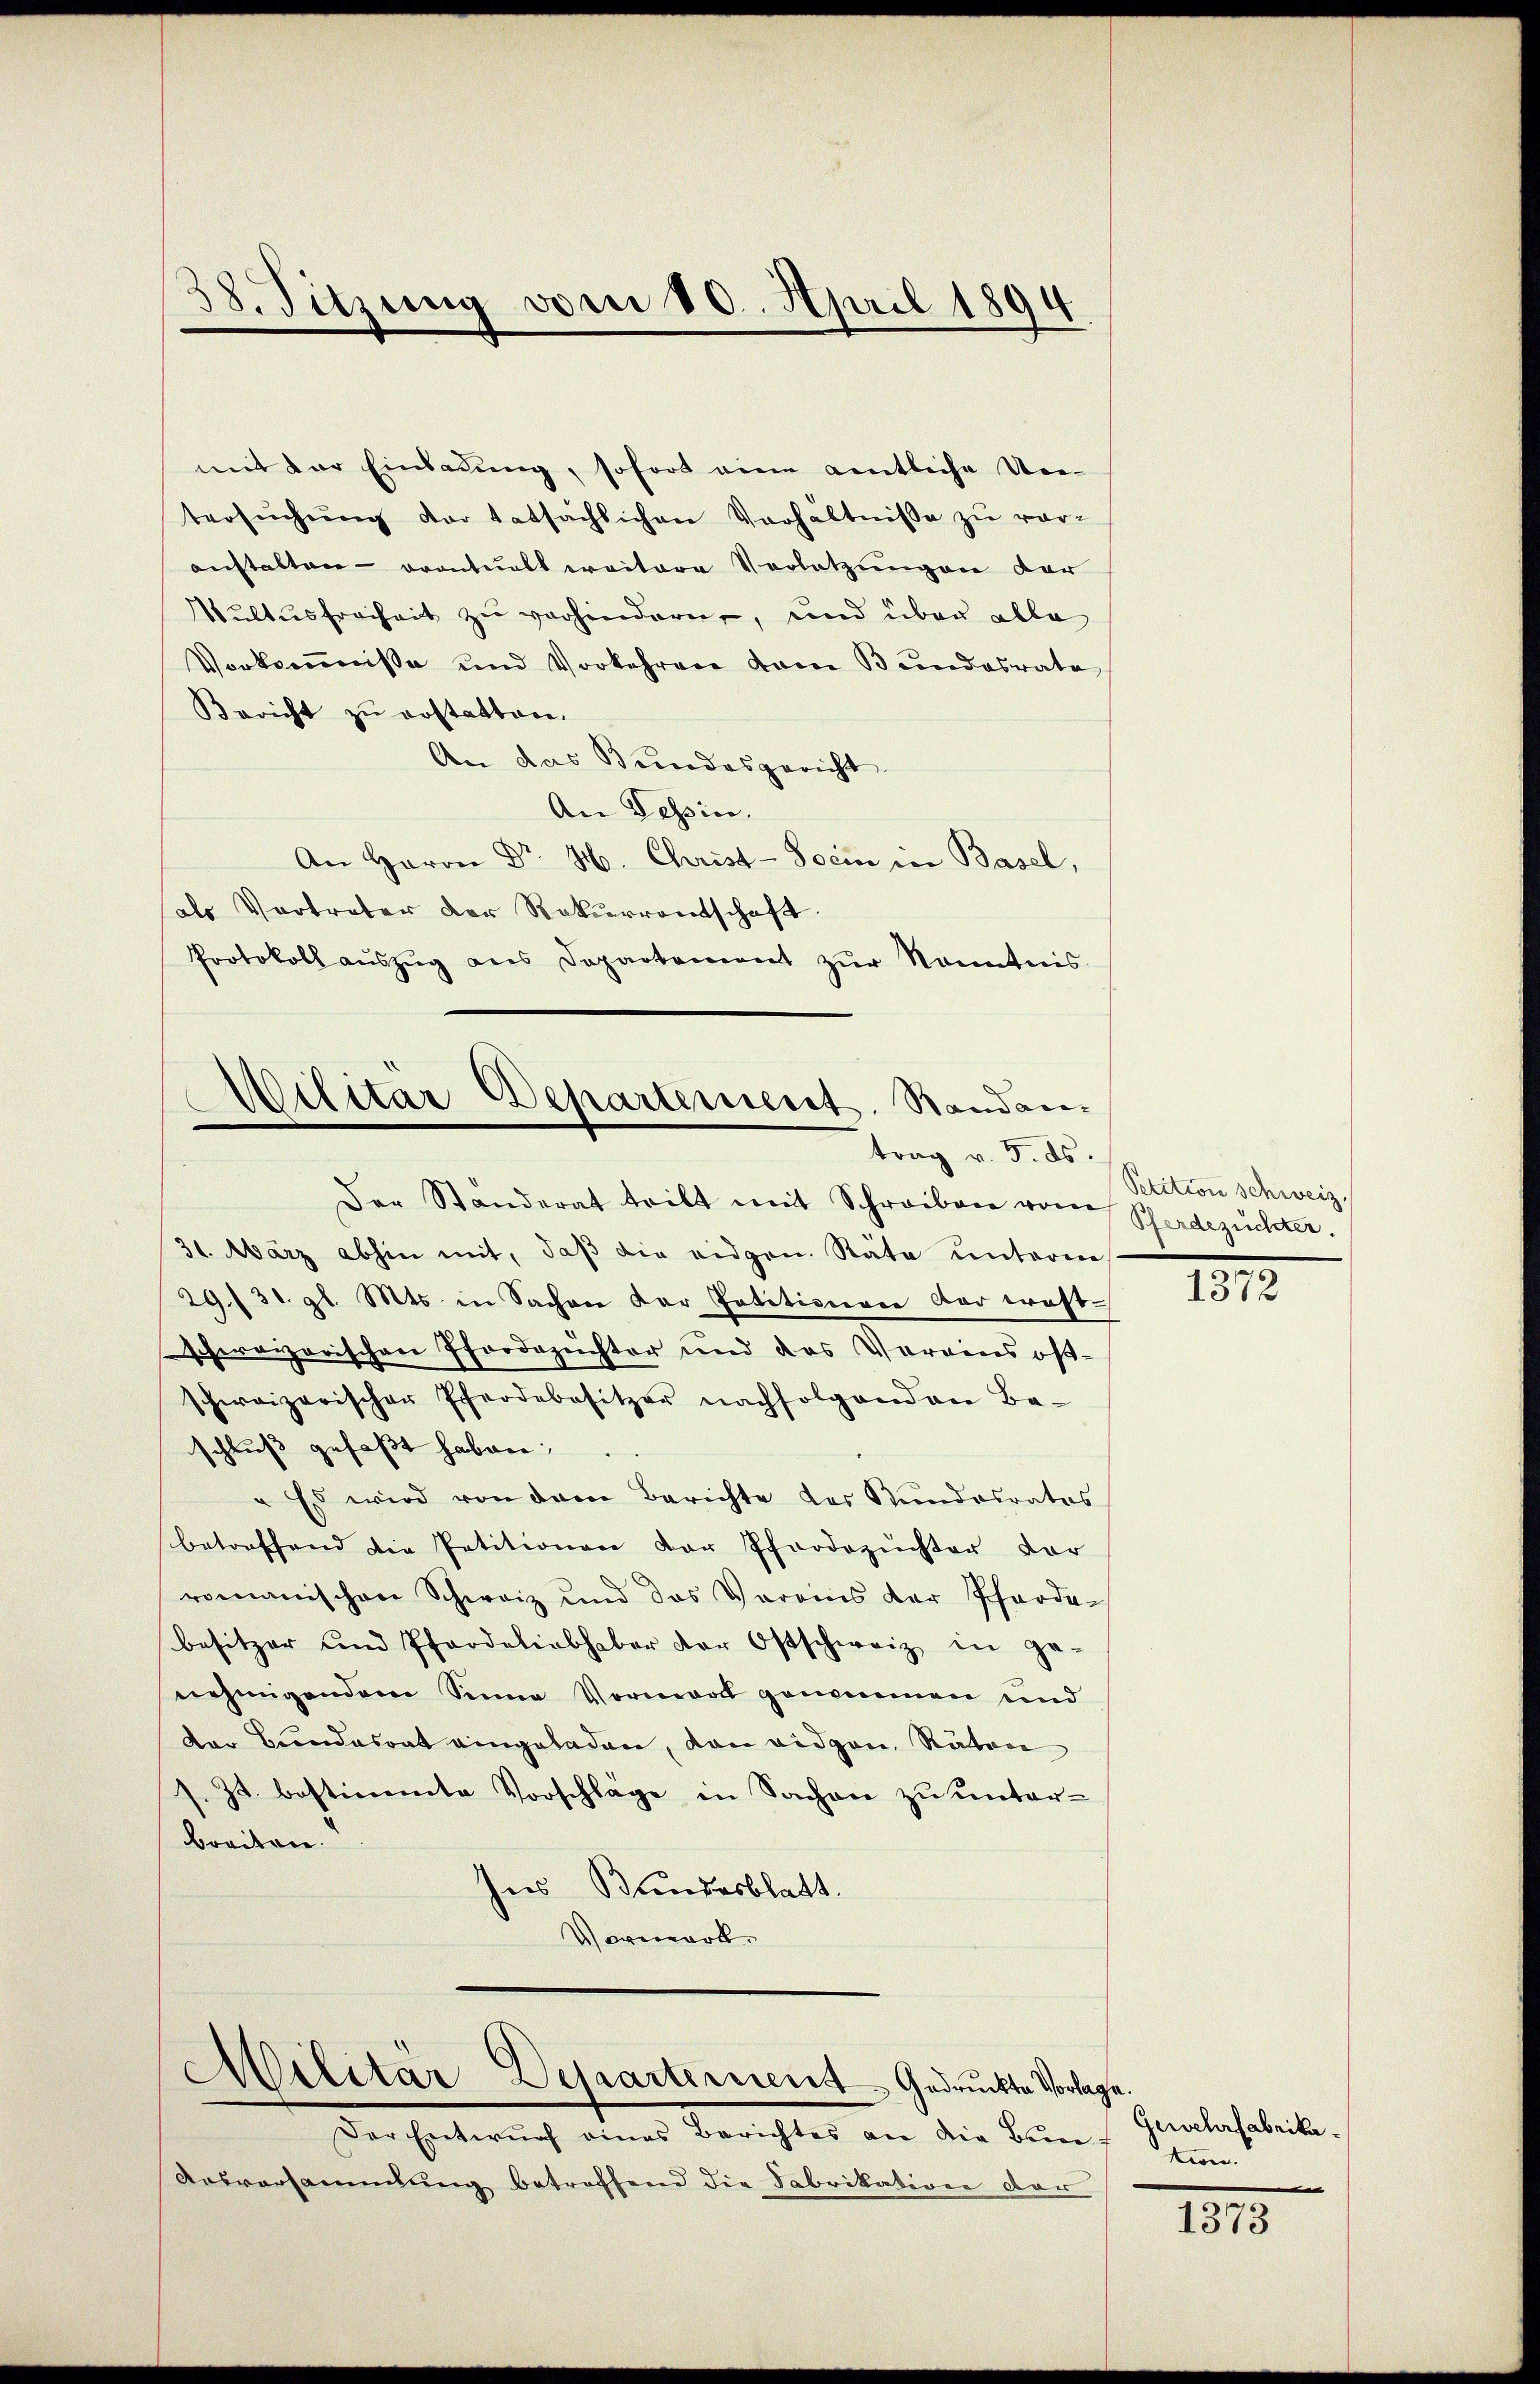
mit der Einladung, sofort eine amtliche Vertersŭchŭng der tatsächlichen Verhältnisse zŭ ver-
anstalten - acontualt weitere Verletzungen der
Wultusfreiheit zu verhindern, und über alle
Vorkoṁnisse und Vorkehren vom Bŭndesrate
Bericht zu erstatten.
An das Bundesgericht
An Tessin.
An Herrn Dr. H. Christ - Socin in Basel,
als Vertreter der Rekurrentschaft
Protokoll aŭszŭg aus Departement zŭr Kenntnis

38. Sitzung vom 10. April 1894

Der Standerat tritt mit Schreiben vom
31. März abhin mit, daß die eidgen. Räte unterm
29./31. gl. Mts. in Sachen der Petitionen der Kraft-
schweizerischen Pfordezuchter und das Vereins öf-
schweizerischer Pferdebesitzer nachfolgend an Ba-
schluß gefaßt haben;
" Es wird von dem Berichte der Stundesrates
betreffend die Petitionen der Pferdezeichter dor
romanischen Schweiz und das Vereins der Pfarde-
besitzer und Pfardeliebhaber der Ostschweiz in ge-
nehmigendem Sinne Vornant genommen und
der Bundesrat eingeladen, von eidgen. Räten
/. Js. bestimmte Vorschlage in Sachen zu unterbreiten.
hnes Bundesblatt.
Vorwart.

Militar Departement. Standann
trag v. 5. ds.

Militär-Departement gedruckte Vorlage

Der Entwurf eines Berichtes an die Bun¬
Ausversammlung betreffend die Fabrikation der

Petition schweiz,
Pferdezüchter.
.
1372

Gewehrfabrika.
tion.
e

1373